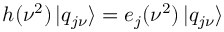
h ( \nu ^ { 2 } ) \, | q _ { j \nu } \rangle = e _ { j } ( \nu ^ { 2 } ) \, | q _ { j \nu } \rangle